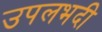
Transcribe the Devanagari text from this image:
उपलभदी